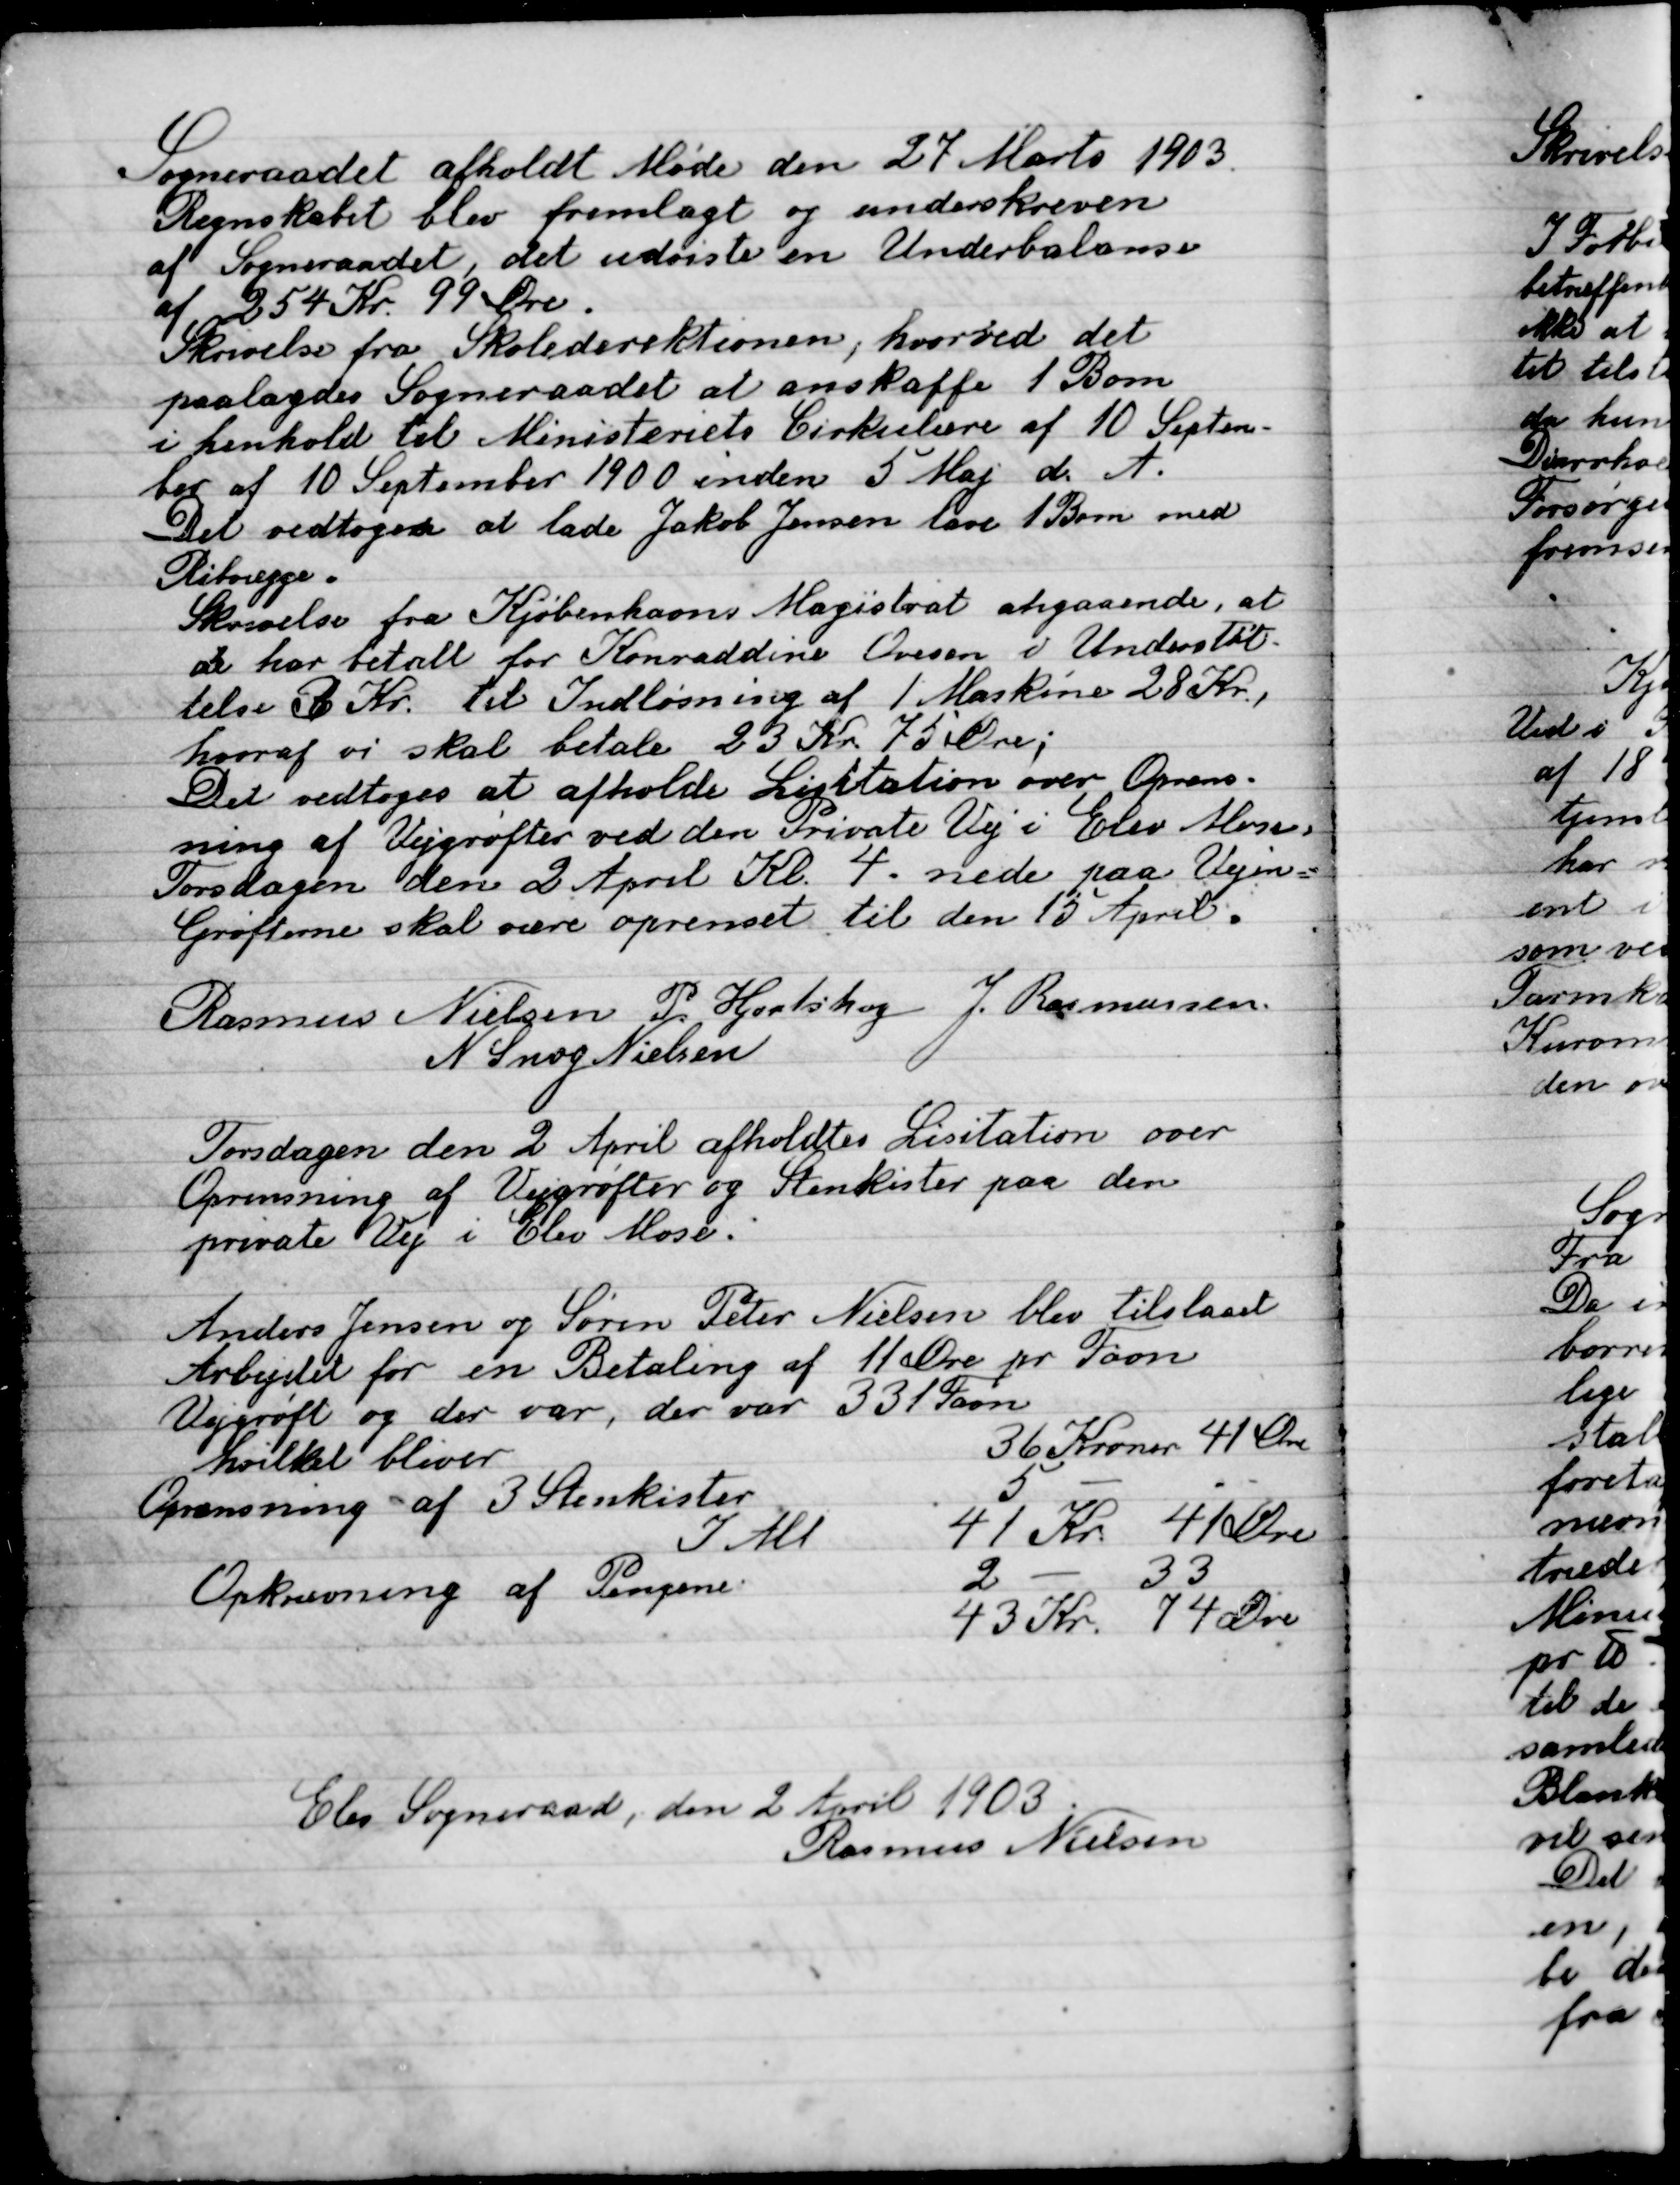
Transskription:
Sogneraadet afholdt Møde den 27 Marts 1903.
Regentskabet blev fremlagt og underskreven
af Sogneraadet, det udviste en Underbalance
af 254 Kr. 99 Øre.
Skrivelse fra Skoledirektionen, hvorved det
Paalagdes Sogneraadet at anskaffe 1 Bom
i henhold til Ministeriets Cirkulære af 10 Septem-
ber af 10 September 1900 inden 5 Maj d. A.
Det vedtoges at lade Jakob Jensen lave 1 bom med
Riforegge.
Skrivelse fra Kjøbenhavns Magistrat angaaende, at
De har betalt for Konradine Ovesen i Understøt-
telse 3 Kr. til Indløsning af 1 Maskine 28 Kr.,
hvoraf vi skal betale 23 Kr. 75 Øre;
Det vedtoges at afholde Licitation over Opgrav-
ning af Vejgrøfter ved den Private vej i elev Mose,
Torsdagen den 2 April Kl. 4. nede paa vejen
Grøften skal være oprenset til den 13 April.

Rasmus Nielsen
P. Hjorthøj
J. Rasmussen
N. Snog Nielsen

Torsdagen den 2 April afholdes Licitation over
Oprensning af Vejgrøfter og stenkister paa den
Private vej i elev Mose.

Anders Jensen og søren Peder Nielsen blev tilstaaet
Arbejde for en Betaling af 11 Øre pr. Favn
Vejgrøft af der var, der var 331 Favn
Hvilket bliver								36 Kroner	41 Øre
Oprensning af 3 Stenkister	 	5		-
I alt											41 Kr. 			41 Øre
Opkrævning af Pengene	  		2	-				33 –
													43 Kr. 			74 Øre

Elev Sogneraad, den 2 April 1903.
Rasmus Nielsen